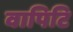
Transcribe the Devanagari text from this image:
वापिटि